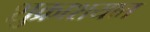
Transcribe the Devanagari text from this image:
शुक्राशयात